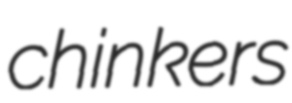
chinkers